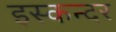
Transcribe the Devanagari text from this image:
इस्कन्दर